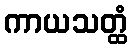
ကာယသတ္ထံ